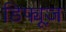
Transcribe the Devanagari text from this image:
डिफ्यूज़